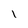
Character: I